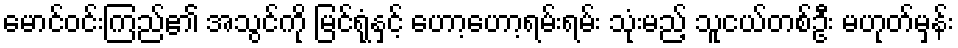
မောင်ဝင်းကြည်၏ အသွင်ကို မြင်ရုံနှင့် ဟော့ဟော့ရမ်းရမ်း သုံးမည့် သူငယ်တစ်ဦး မဟုတ်မှန်း